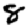
Digit: 8